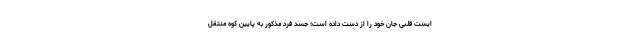
ایست قلبی جان خود را از دست داده است؛ جسد فرد مذکور به پایین کوه منتقل